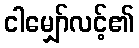
ငါမျှော်လင့်၏